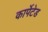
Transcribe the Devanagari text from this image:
कार्पेटेड